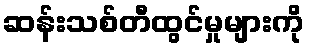
ဆန်းသစ်တီထွင်မှုများကို